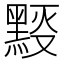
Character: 𪑉